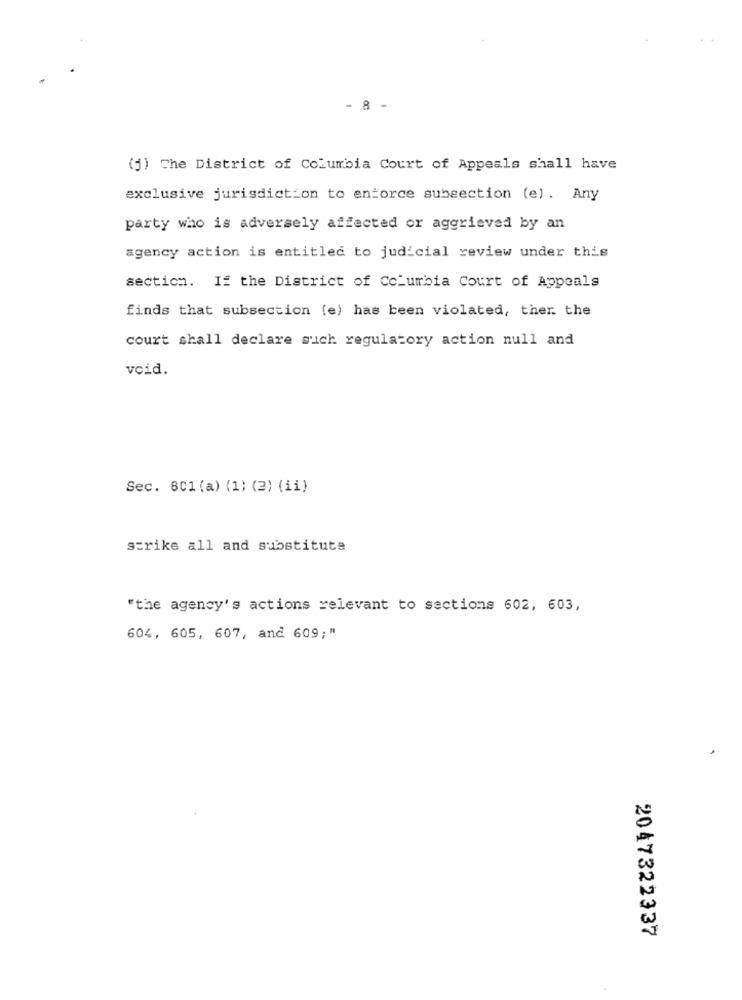
- 8 -
(j) The District of Columbia Court of Appeals shall have
exclusive jurisdiction to enforce subsection (e). Any
party who is adversely affected or aggrieved by an
agency action is entitled to judicial review under this
section. If the District of Columbia Court of Appeals
finds that subsection (e) has been violated, ther the
court shall declare such regulatory action null and
void.
Sec. 801 (a) (1) (2) (ii)
strike all and substitute
"the agency's actions relevant to sections 602, 603,
604, 605, 607, and 609;"
.
2047322337